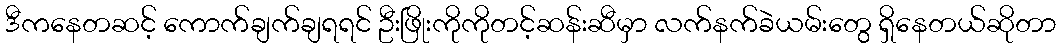
ဒီကနေတဆင့် ကောက်ချက်ချရရင် ဦးဖြိုးကိုကိုတင့်ဆန်းဆီမှာ လက်နက်ခဲယမ်းတွေ ရှိနေတယ်ဆိုတာ